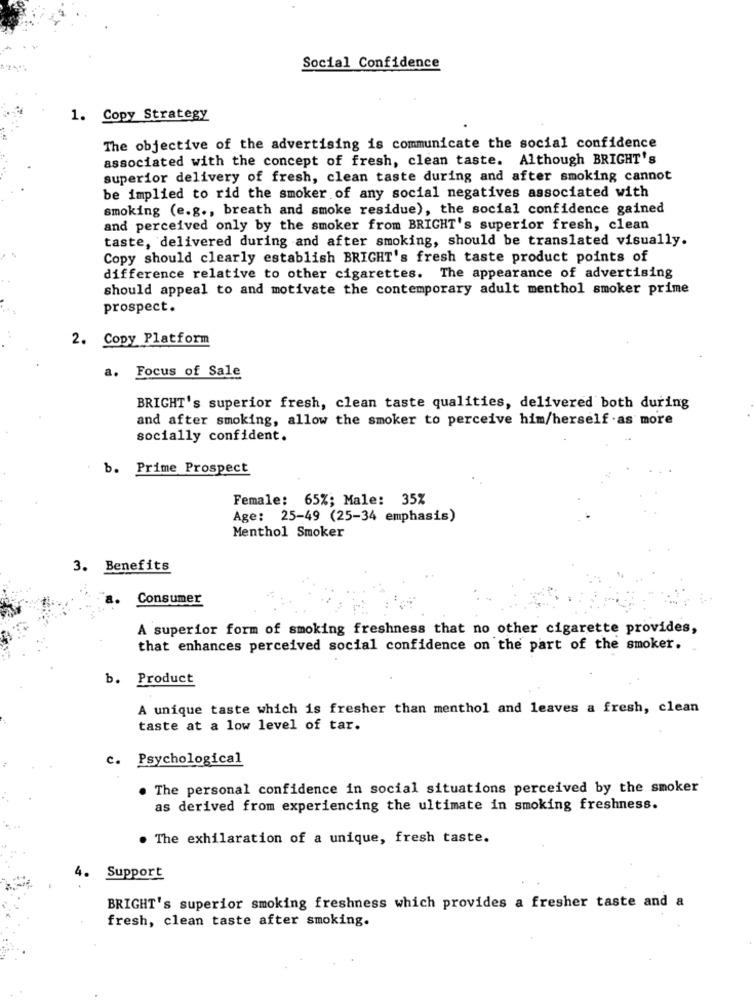
Social Confidence
1. Copy Strategy
The objective of the advertising is communicate the social confidence
associated with the concept of fresh, clean taste. Although BRIGHT's
superior delivery of fresh, clean taste during and after smoking cannot
be implied to rid the smoker of any social negatives associated with
smoking (e.g ., breath and smoke residue), the social confidence gained
and perceived only by the smoker from BRIGHT's superior fresh, clean
taste, delivered during and after smoking, should be translated visually.
Copy should clearly establish BRIGHT's fresh taste product points of
difference relative to other cigarettes. The appearance of advertising
should appeal to and motivate the contemporary adult menthol smoker prime
prospect.
2. Copy Platform
a. Focus of Sale
BRIGHT's superior fresh, clean taste qualities, delivered both during
and after smoking, allow the smoker to perceive him/herself .as more
socially confident.
b. Prime Prospect
Female: 65%; Male: 35%
Age: 25-49 (25-34 emphasis)
Menthol Smoker
3. Benefits
Consumer
A superior form of smoking freshness that no other cigarette provides,
that enhances perceived social confidence on the part of the smoker.
b. Product
A unique taste which is fresher than menthol and leaves a fresh, clean
taste at a low level of tar.
c. Psychological
. The personal confidence in social situations perceived by the smoker
as derived from experiencing the ultimate in smoking freshness.
. The exhilaration of a unique, fresh taste.
4.
Support
BRIGHT's superior smoking freshness which provides a fresher taste and a
fresh, clean taste after smoking.